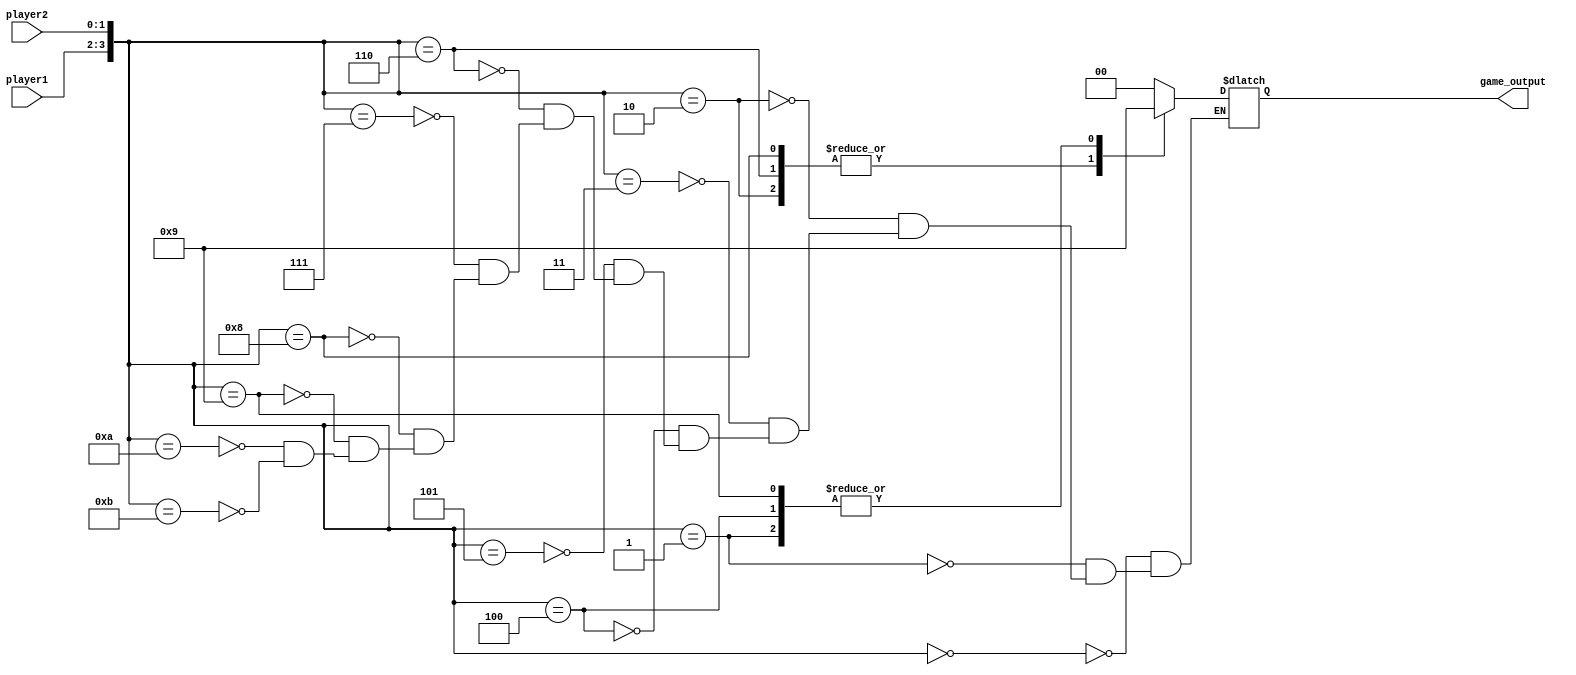
`timescale 1ns / 1ps
//////////////////////////////////////////////////////////////////////////////////
// Company: 
// Engineer: 
// 
// Design Name: 
// Module Name:    RockPaperScissors 
// Project Name: 
// Target Devices: 
// Tool versions: 
// Description: 
//
// Dependencies: 
//
// Revision: 
// Revision 0.01 - File Created
// Additional Comments: 
//
//////////////////////////////////////////////////////////////////////////////////
module RockPaperScissors(player1,player2,game_output
    );
		input [1:0] player1;
		input [1:0] player2;
		output reg[1:0] game_output;

	always @ (player1 or player2) begin
		case({player1,player2})
		4'b0000: game_output = 2'b00;
		4'b0001: game_output = 2'b01;
		4'b0010: game_output = 2'b10;
		4'b0011: game_output =2'bXX;
      4'b0100: game_output = 2'b01;
		4'b0101: game_output = 2'b00;
		4'b0110: game_output = 2'b10;
		4'b0111: game_output =2'bXX;
		4'b1000: game_output = 2'b10;
		4'b1001: game_output = 2'b01;
		4'b1010: game_output = 2'b00;
		4'b1011: game_output = 2'bXX;
		
		endcase
	end
endmodule